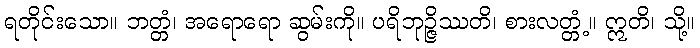
ရတိုင်းသော။ ဘတ္တံ၊ အရောရော ဆွမ်းကို။ ပရိဘုဉ္ဇိဿတိ၊ စားလတ္တံ့။ ဣတိ၊ သို့။